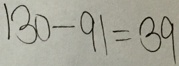
1 3 0 - 9 1 = 3 9